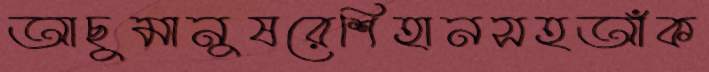
আছুমানুষরেশিহানসহআঁক